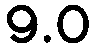
9.0